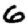
Digit: 6